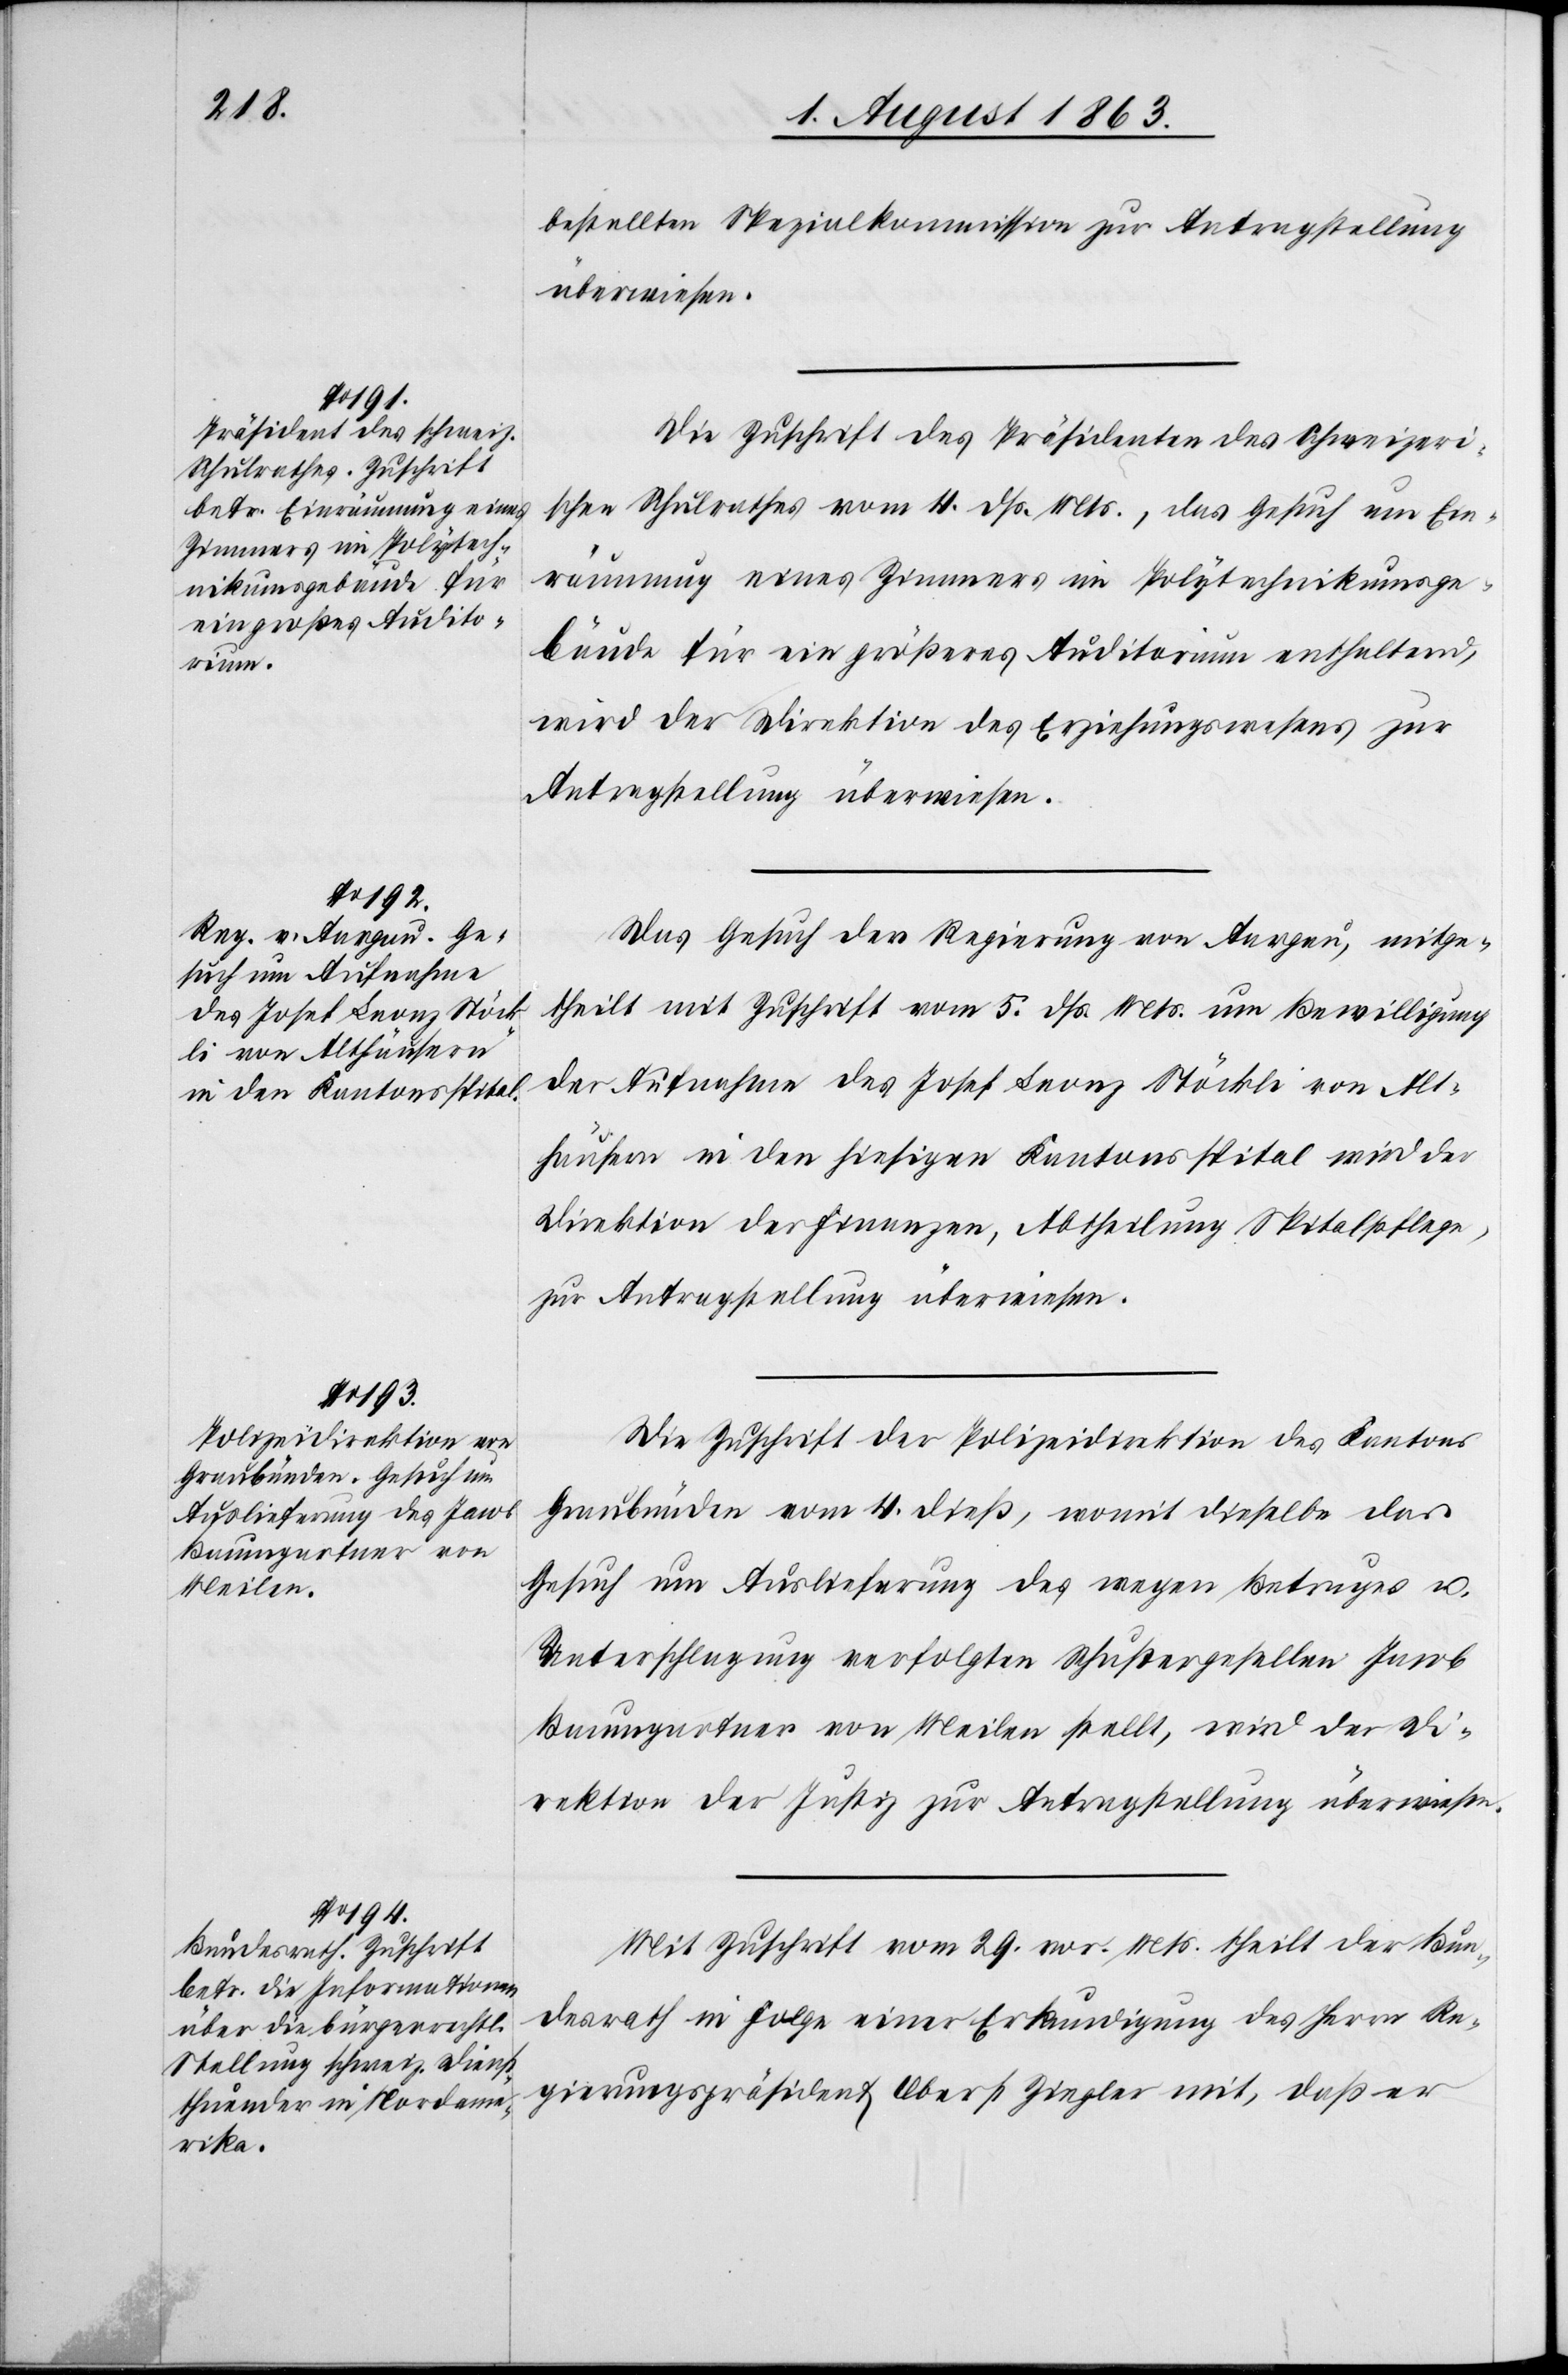
5. August 1863.]
bestellten Spezialkommission zur Antragstellung
überwiesen.
Die Zuschrift des Präsidenten des Schweizeri¬
schen Schulrathes vom 4. dß. Mts., das Gesuch um Ein¬
räumung eines Zimmers im Polytechnikumsge¬
bäude für ein größeres Auditorium enthaltend,
wird der Direktion des Erziehungswesens zur
Antragstellung überwiesen.
Das Gesuch der Regierung von Aargau, mitge¬
theilt mit Zuschrift vom 5. dß. Mts. um Bewilligung
der Aufnahme des Josef Leonz Stöckli von Alt¬
häusern in den hiesigen Kantonsspital wird der
Direktion der Finanzen, Abtheilung Spitalpflege,
zur Antragstellung überwiesen.
Die Zuschrift der Polizeidirektion des Kantons
Graubünden vom 4. dieß, womit dieselbe das
Gesuch um Auslieferung des wegen Betruges u.
Unterschlagung verfolgten Schustergesellen Jacob
Baumgartner von Meilen stellt, wird der Di¬
rektion der Justiz zur Antragstellung überwiesen.
Mit Zuschrift vom 29. vor. Mts. theilt der Bun¬
desrath in Folge einer Erkundigung des Herrn Re¬
gierungspräsident Oberst Ziegler mit, daß er